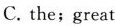
C.the;great